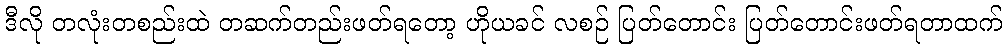
ဒီလို တလုံးတစည်းထဲ တဆက်တည်းဖတ်ရတော့ ဟိုယခင် လစဉ် ပြတ်တောင်း ပြတ်တောင်းဖတ်ရတာထက်